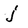
Character: j